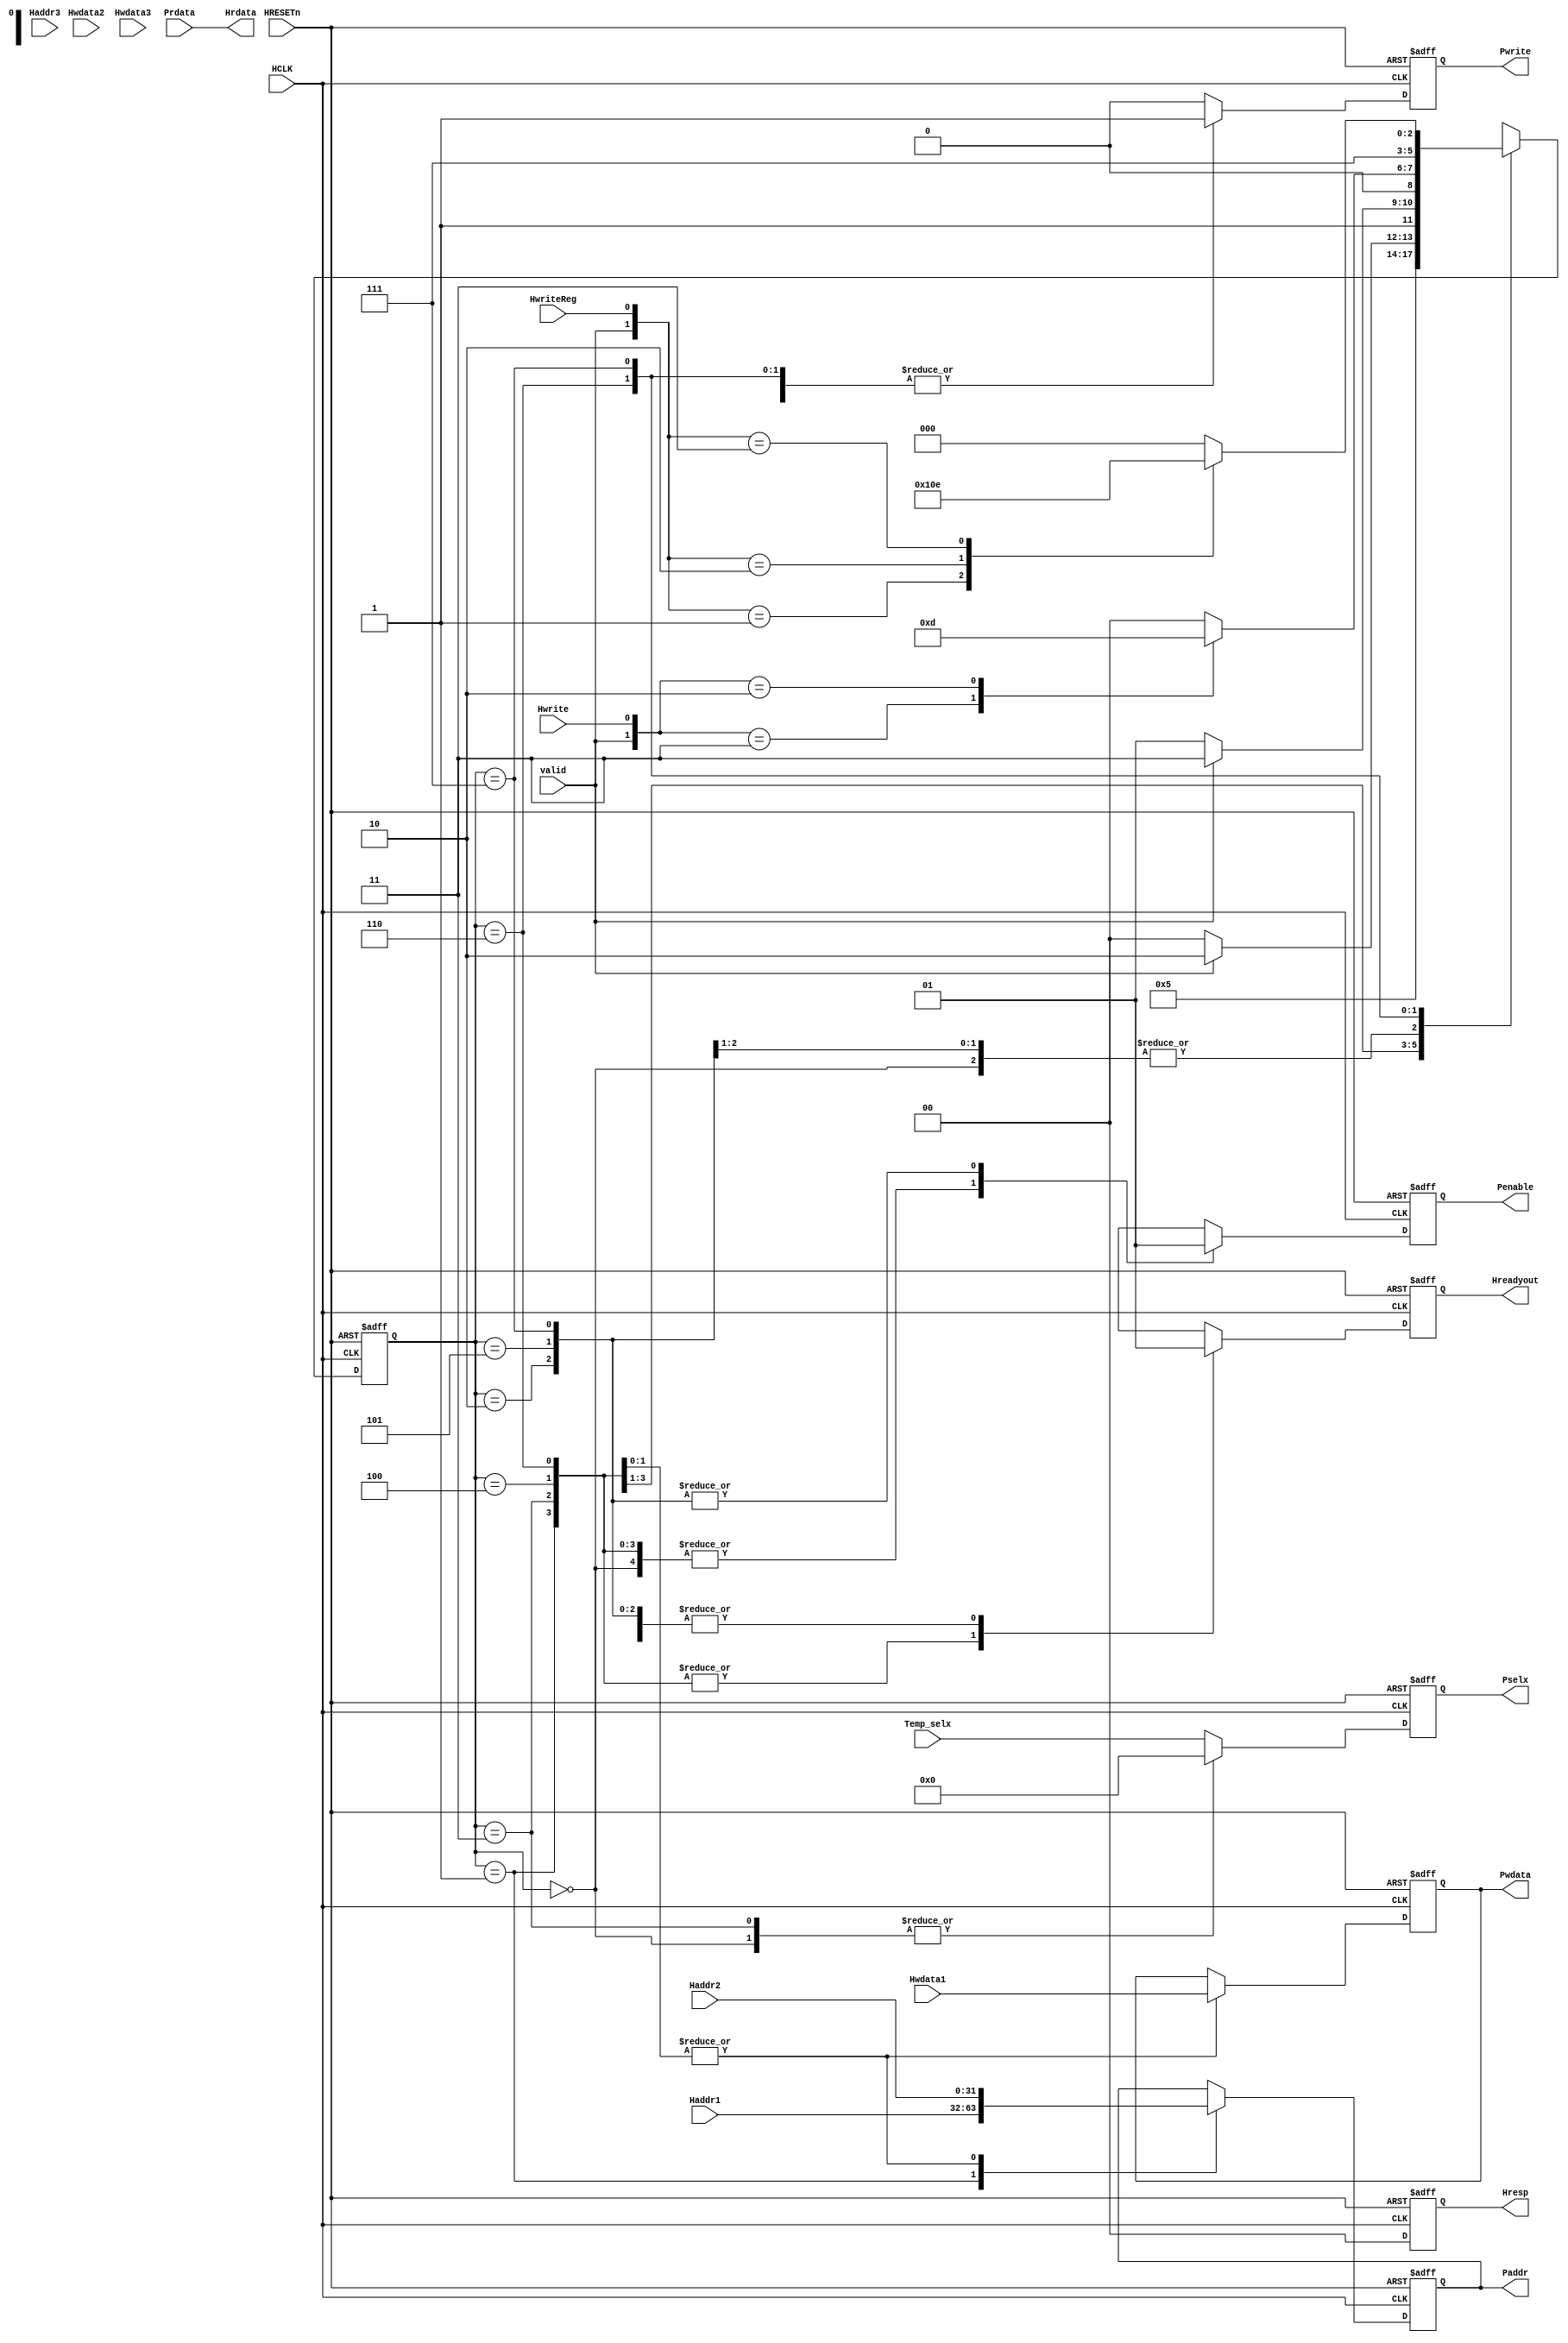
/* Name: Akshaya Adlakha
   Batch: DI 18
   ---------------APB FSM CONTROLLER---------------
                                      
                                     Date:10/02/2022
RTL code:                                           */

module apb_controller(
input HCLK,HRESETn,Hwrite,valid,HwriteReg,
input [3:0]Temp_selx,
input [31:0] Haddr1,Haddr2,Haddr3,Hwdata1,Hwdata2,Hwdata3,Prdata,

output reg Pwrite,Penable,Hreadyout,
output reg [3:0] Pselx,
output reg [31:0] Paddr,Pwdata,
output [31:0] Hrdata,
output reg [1:0] Hresp);

parameter ST_IDLE= 3'b000, ST_READ= 3'b001, ST_RENABLE=3'b010,ST_WWAIT=3'b011,
          ST_WRITE=3'b100, ST_WENABLE=3'b101, ST_WRITEP=3'b110,ST_WENABLEP=3'b111;
reg [2:0] ps, ns;


always @(posedge HCLK, negedge HRESETn)
  begin
    if(~HRESETn)
        ps<=ST_IDLE;
    else
        ps<=ns;
  end

// Combinational logic 
always@(*) begin
    ns= ST_IDLE;
  
     case(ps)
          ST_IDLE:begin
                   case({valid,Hwrite})
                          2'b11:ns=ST_WWAIT;
                          2'b10:ns=ST_READ;
                        default:ns=ST_IDLE;
                   endcase
                  end
                  
           ST_READ:begin
                    ns=ST_RENABLE;
                   end

           ST_RENABLE:begin
                       case({valid,Hwrite})
                             2'b11:ns=ST_WWAIT;
                             2'b10:ns=ST_READ;
                           default:ns=ST_IDLE;
                       endcase
                      end

            ST_WWAIT:begin
                       if(valid)
                        ns=ST_WRITEP;
                       else
                        ns=ST_WRITE;
                     end

             ST_WRITE:begin
                       if(valid)
                        ns=ST_WENABLEP;
                       else
                        ns=ST_WENABLE;
                      end  
           ST_WENABLE:begin
                       case({valid,Hwrite})
                             2'b11:ns=ST_WWAIT;
                             2'b10:ns=ST_READ;
                           default:ns=ST_IDLE;
                       endcase
                      end 
            ST_WRITEP:begin
                       ns=ST_WENABLEP;
                      end

           ST_WENABLEP:begin
                        case({valid,HwriteReg})  
                          2'b01:ns=ST_WRITE;
                          2'b10:ns=ST_READ;
                          2'b11:ns=ST_WRITEP;
                          default:ns=ST_IDLE;
                        endcase
                       end
      endcase
   end

// reg output logic
always@(posedge HCLK, negedge HRESETn)
  begin
    if(~HRESETn)
        begin
          Pselx <= 4'd0;
          Pwrite <= 1'b0;
          Hreadyout<=1'b0;
          Paddr<=32'd0;
          Pwdata<=32'd0;
          Penable<=1'b0;
          Hresp<=2'd0;
        end
     else
        begin
          Pselx<=Temp_selx;
          Hreadyout<=1'b0;
          Penable<=1'b0;
          Pwrite<=1'b0;
          Hresp<=2'd0;
        case(ps)
            ST_IDLE:begin
                      Pselx<=4'd0;
                      Hreadyout<=1'b1;
                      Penable<=1'b0;
                    end
            ST_READ:begin
                       Pselx<=Temp_selx;
                       Hreadyout<=1'b0;
                       Penable<=1'b0;
                       Pwrite<=1'b0;
                       Paddr<=Haddr1;
                     end
           
          ST_RENABLE:begin
                       Hreadyout<=1'b1;
                       Penable<=1'b1;
                       Pwrite<=1'b0;
                     end
         
            ST_WRITE:begin
                       Pselx<=Temp_selx;
                       Hreadyout<=1'b0;
                       Penable<=1'b0;
                       Pwrite<=1'b1;
                       Paddr<=Haddr2;
                       Pwdata<=Hwdata1;
                     end
               
            ST_WWAIT:begin
                       Pselx<=4'd0;
                       Hreadyout<=1'b0;
                       Penable<=1'b0;
                       Pwrite<=1'b0;
                     end
                
            ST_WENABLE:begin
                       Hreadyout<=1'b1;
                       Penable<=1'b1;
                       Pwrite<=1'b1;
                     end
               
            ST_WRITEP:begin
                       Pselx<=Temp_selx;
                       Hreadyout<=1'b0;
                       Penable<=1'b0;
                       Pwrite<=1'b1;
                       Paddr<=Haddr2;
                       Pwdata<=Hwdata1;
                     end      
                
         ST_WENABLEP:begin
                       Hreadyout<=1'b1;
                       Penable<=1'b1;
                       Pwrite<=1'b1;
                     end     
             default:begin
                       Hreadyout<=1'b0;
                       Penable<=1'b0;
                       Pwrite<=1'b0;
                       Paddr<=32'd0;
                       Pwdata<=32'd0;
                      end
        endcase
      end
   end

assign Hrdata=Prdata;
endmodule